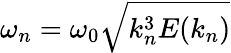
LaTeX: \omega_{n}=\omega_{0}\sqrt{k_{n}^{3}E(k_{n})}